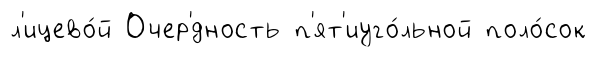
л'ицево́й Очер'́дность п'ят'иуго́льной поло́сок